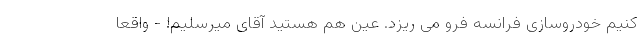
کنیم خودروسازی فرانسه فرو می ریزد. عین هم هستید آقای میرسلیم! - واقعاً